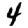
Digit: 4